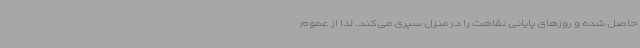
حاصل شده و روزهای پایانی نقاهت را در منزل سپری می‌کند. لذا از عموم